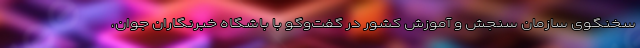
سخنگوی سازمان سنجش و آموزش کشور در گفت‌وگو با باشگاه خبرنگاران جوان،